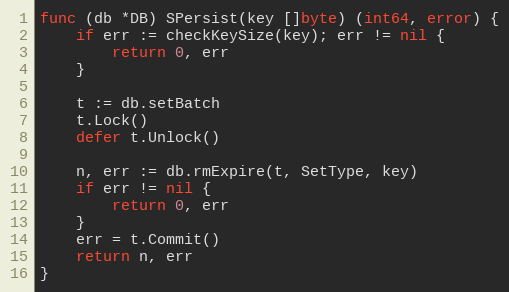
Language: Go
func (db *DB) SPersist(key []byte) (int64, error) {
	if err := checkKeySize(key); err != nil {
		return 0, err
	}

	t := db.setBatch
	t.Lock()
	defer t.Unlock()

	n, err := db.rmExpire(t, SetType, key)
	if err != nil {
		return 0, err
	}
	err = t.Commit()
	return n, err
}